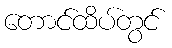
တောင်ထိပ်တွင်